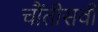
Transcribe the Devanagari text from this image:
चौंतीसवी